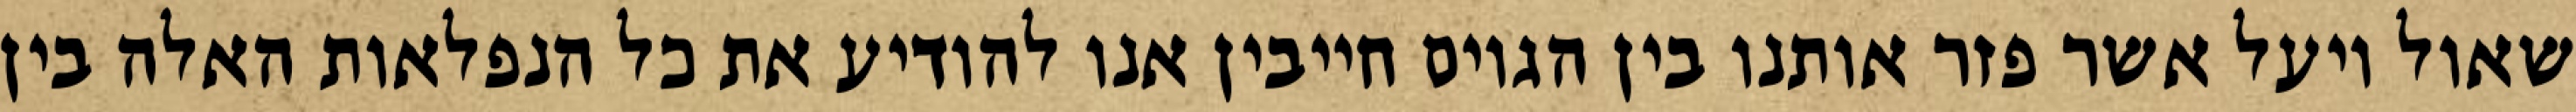
שאול ויעל אשר פזר אותנו בין הגוים חייבין אנו להודיע את כל הנפלאות האלה בין